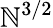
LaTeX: \mathbb{N}^{3/2}